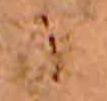
に